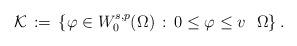
LaTeX: \begin{align*}\mathcal K\,:=\,\{\varphi\in W^{s,p}_0(\Omega)\,:\, 0\leq \varphi\leq v\,\,\,\,\Omega\}\,.\end{align*}